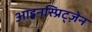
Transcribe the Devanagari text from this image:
आइनस्प्रिट्ज़ेन